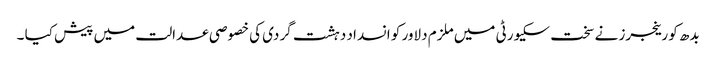
بدھ کو رینجرز نے سخت سکیورٹی میں ملزم دلاور کو انسداد دہشت گردی کی خصوصی عدالت میں پیش کیا ۔